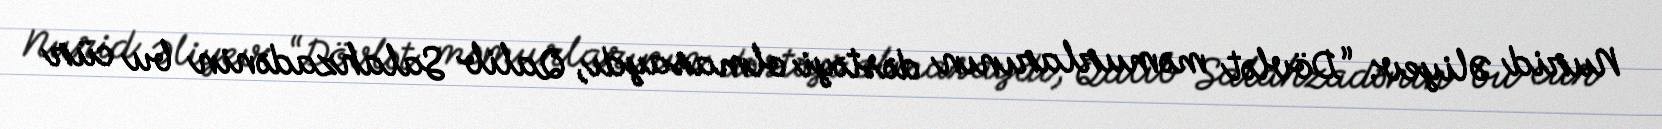
Nurid Əliyev: “Dövlət məmurlarının dəstəyi olmasaydı, Qalib Salahzadənin bu cür